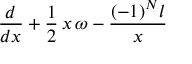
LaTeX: \frac { d } { d x } + \frac { 1 } { 2 } \, x \, \omega - \frac { ( - 1 ) ^ { N } l } { x }